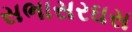
સભાસરઘસ